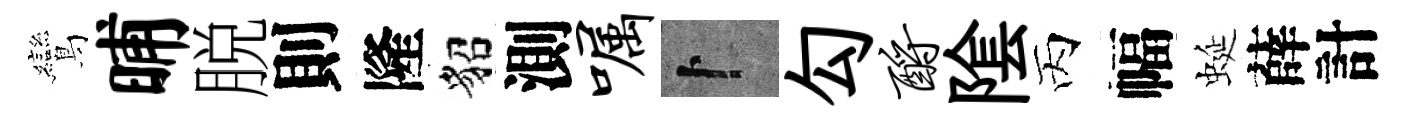
鸞晡脱則隆貂測嘱卜勾酹隂丙幅蜒薛計